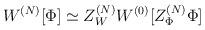
LaTeX: \begin{align*}W^{(N)}[\Phi ] \simeq Z_W^{(N)} W^{(0)}[Z_\Phi ^{(N)}\Phi ]\end{align*}